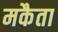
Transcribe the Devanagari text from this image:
मकैता